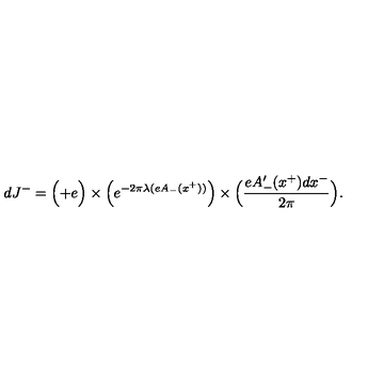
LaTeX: d J ^ { - } = \Bigl ( + e \Bigr ) \times \Bigl ( e ^ { - 2 \pi \lambda ( e A _ { - } ( x ^ { + } ) ) } \Bigr ) \times \Bigl ( { \frac { e A _ { - } ^ { \prime } ( x ^ { + } ) d x ^ { - } } { 2 \pi } } \Bigr ) .